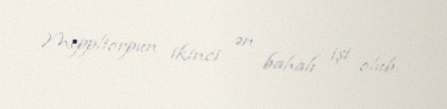
Meppltorpun ikinci ən bahalı işi olub.